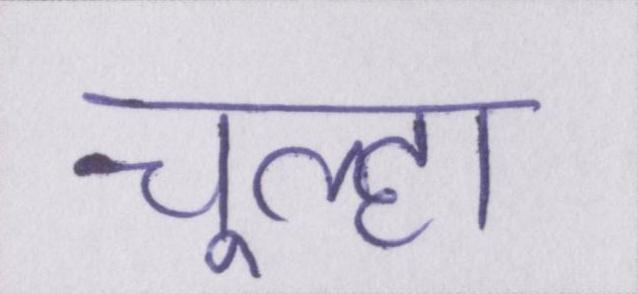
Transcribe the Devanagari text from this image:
चूल्हा